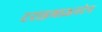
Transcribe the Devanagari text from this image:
टराइमाऊनटेन